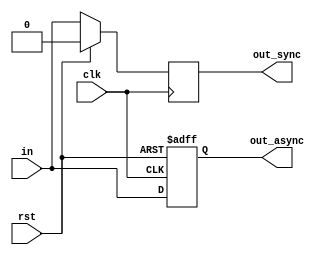
`timescale 1ns / 1ps

module synchronous_asynchronous_reset(
    input clk,rst,in,
    output reg out_async,out_sync
    );

    
////////// SYNCHRONOUS RESET //////////
    always@(posedge clk)  
    begin
        if(rst) out_sync<= 1'b0;
        else out_sync <= in;
    end


////////// ASYNCHRONOUS RESET /////////
    always@(posedge clk, posedge rst)
    begin
        if(rst) out_async<= 1'b0;
        else out_async <= in;
    end  
    
endmodule